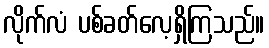
လိုက်လံ ပစ်ခတ်လေ့ရှိကြသည်။